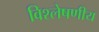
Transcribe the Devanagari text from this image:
विश्लेषणीय